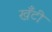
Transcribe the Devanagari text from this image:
खँटी